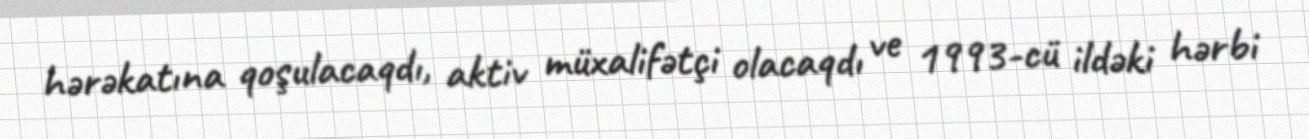
hərəkatına qoşulacaqdı, aktiv müxalifətçi olacaqdı ve 1993-cü ildəki hərbi